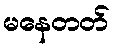
မနေတတ်